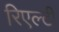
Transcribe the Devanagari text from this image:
रिएल्टी